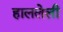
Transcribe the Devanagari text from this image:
हाललेली